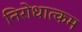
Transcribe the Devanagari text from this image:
निरोधात्कम